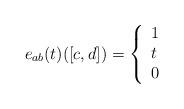
LaTeX: \begin{align*}e_{ab}(t)([c,d])=\left\{\begin{array}{ll} 1 & \\ t & \\ 0 &\end{array}\right.\end{align*}